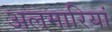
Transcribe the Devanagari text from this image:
अलमारियां